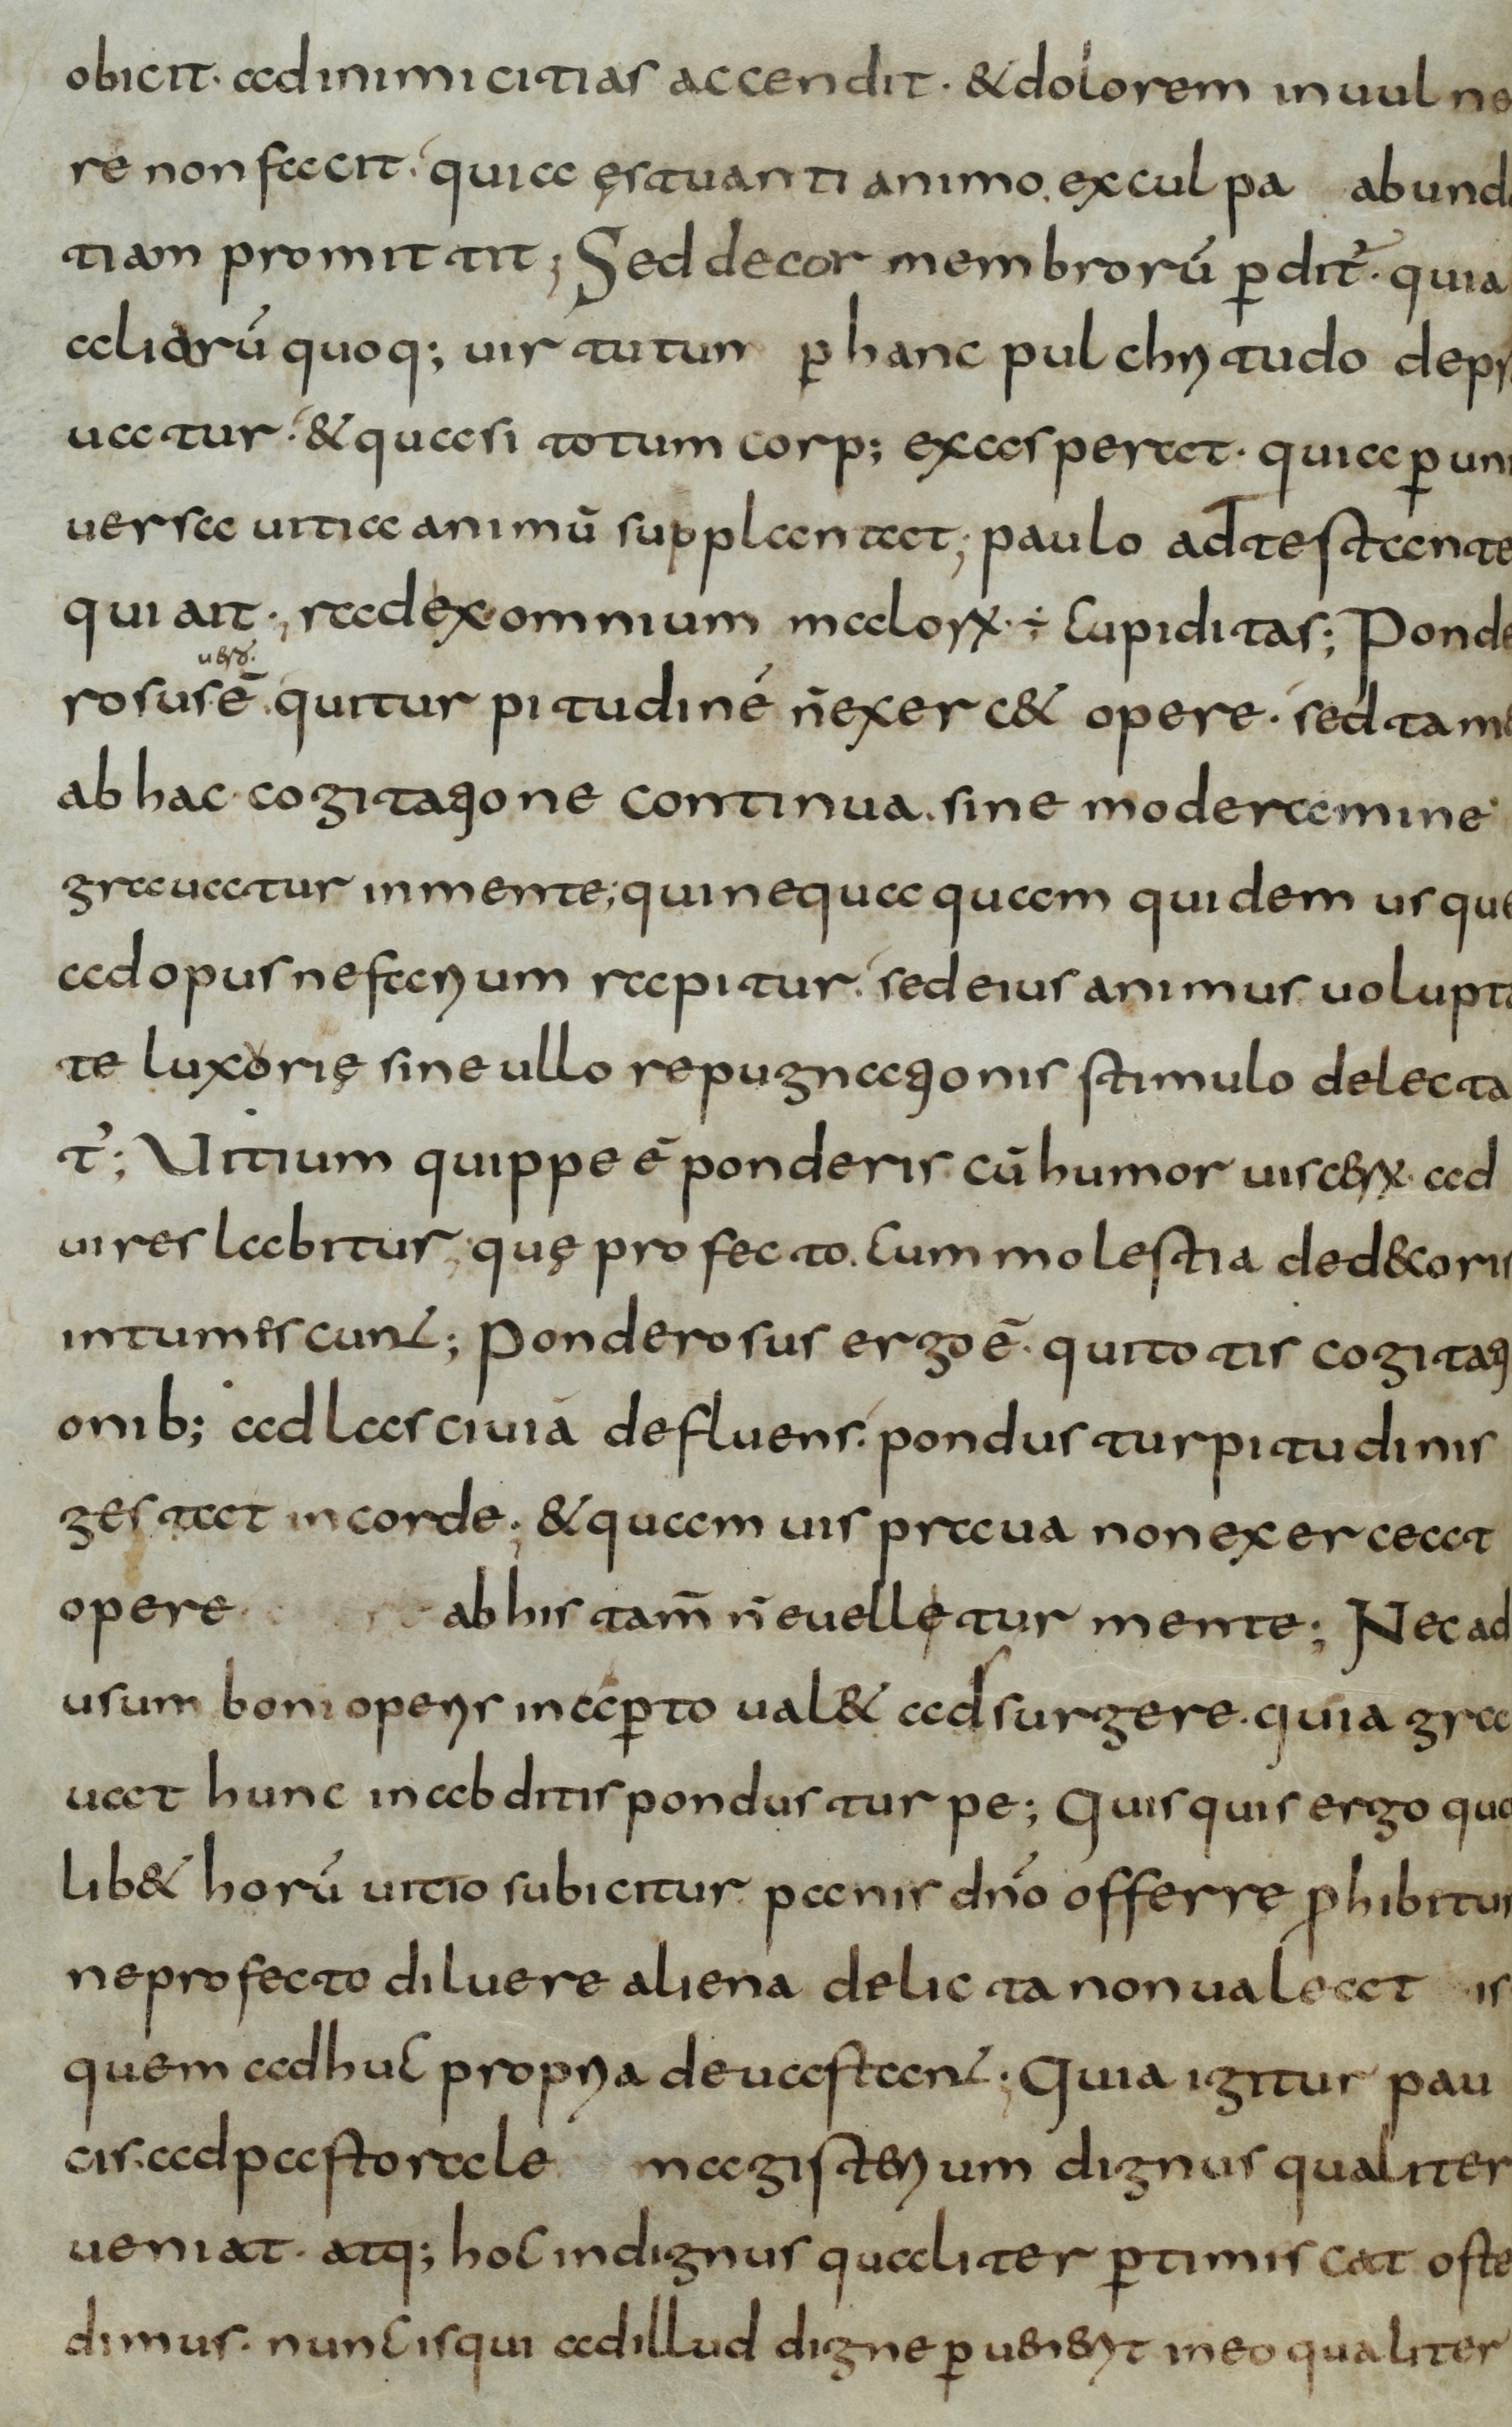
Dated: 800–830